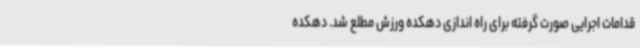
قدامات اجرایی صورت گرفته برای راه اندازی دهکده ورزش مطلع شد. دهکده